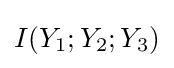
I(Y_{1};Y_{2};Y_{3})